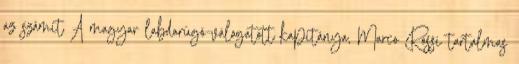
az számít A magyar labdarúgó-válogatott kapitánya, Marco Rossi tartalmas